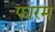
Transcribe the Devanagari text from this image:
फारम